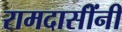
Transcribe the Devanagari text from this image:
रामदासींनी